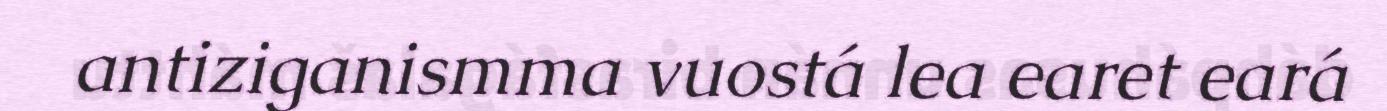
antiziganismma vuostá lea earet eará